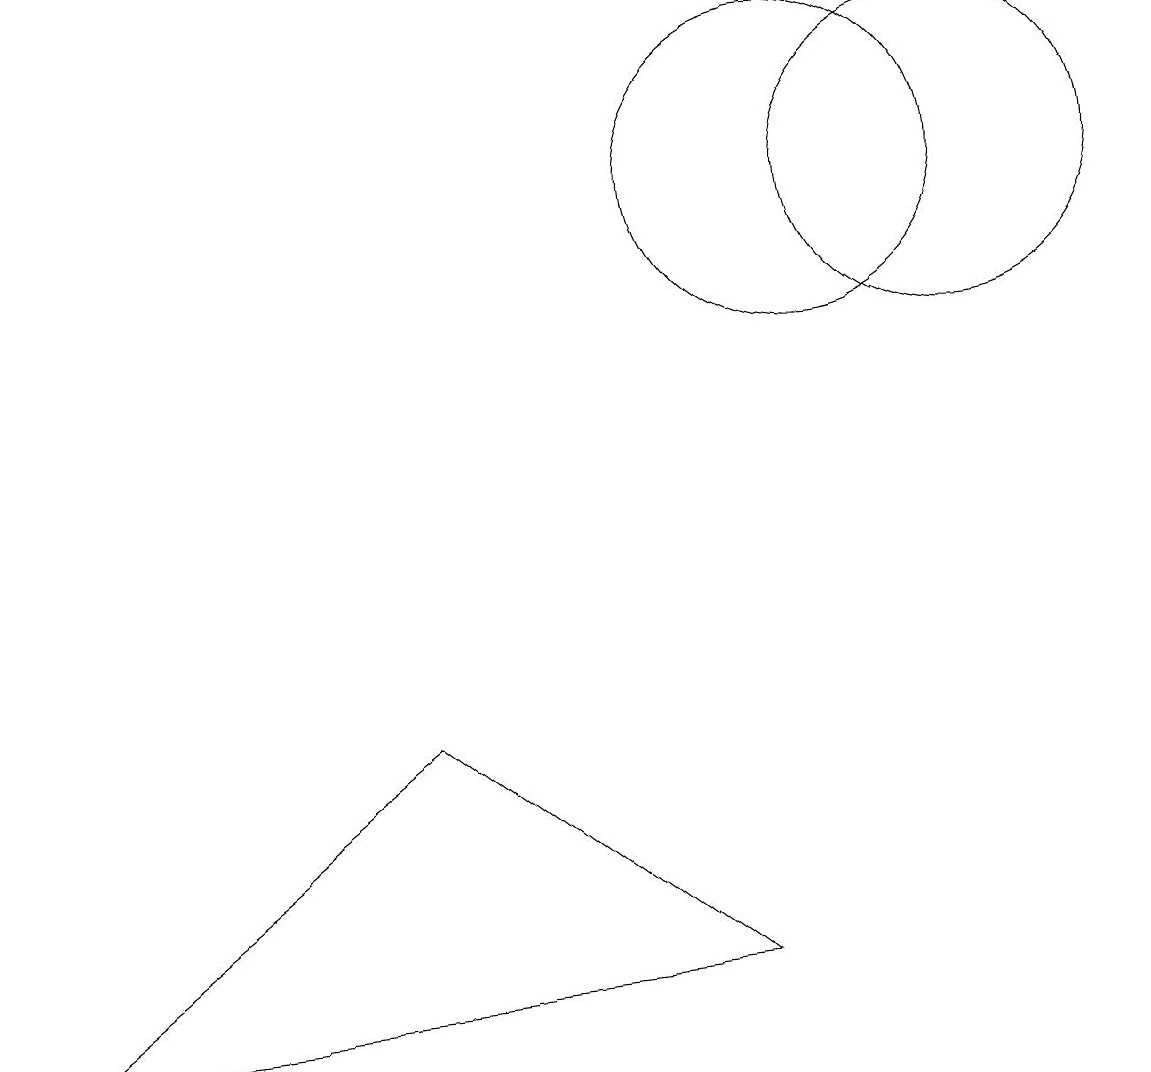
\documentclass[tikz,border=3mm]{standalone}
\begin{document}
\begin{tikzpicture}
\draw (12,11) circle (2);
\draw (9,1) -- (0,0) -- (5,4) -- cycle;
\draw (10,11) circle (2);
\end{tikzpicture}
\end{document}